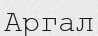
Аргал